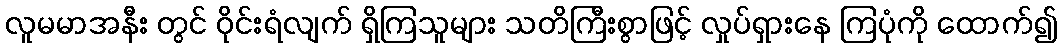
လူမမာအနီး တွင် ဝိုင်းရံလျက် ရှိကြသူများ သတိကြီးစွာဖြင့် လှုပ်ရှားနေ ကြပုံကို ထောက်၍